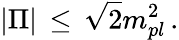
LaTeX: |\Pi|\, \leq\, \sqrt{2}m_{pl}^{2}\, .